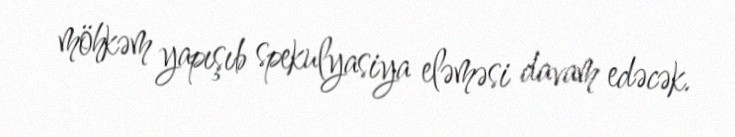
möhkəm yapışıb spekulyasiya eləməsi davam edəcək.